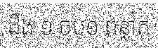
ដឹង ១ ចប១ ពន្លាក